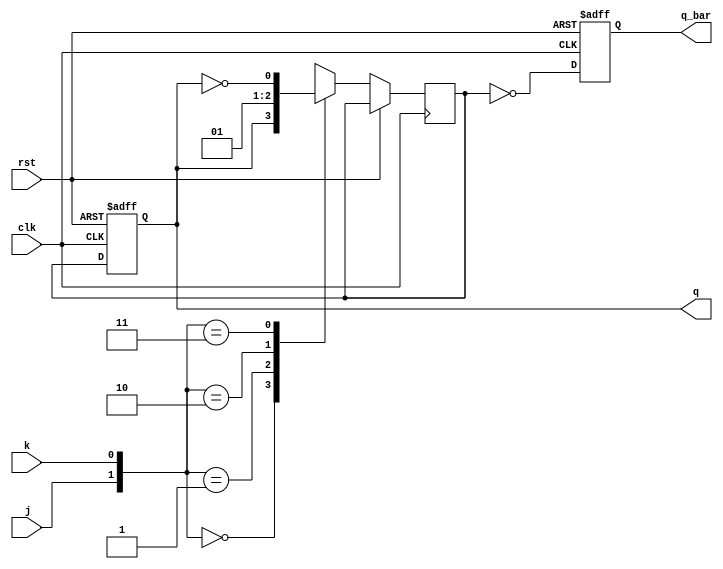
module jk_ff
(
    input wire clk,
    input wire rst,
    input wire j,
    input wire k,
    output reg q,
    output reg q_bar
);

reg d;

always @(posedge clk or posedge rst)
begin
    if (rst)
    begin
        q <= 1'b0;
        q_bar <= 1'b1;
    end
    else
    begin
        case({j, k})
            2'b00: d <= q;
            2'b01: d <= 1'b0;
            2'b10: d <= 1'b1;
            2'b11: d <= ~q;
        endcase
        
        q <= d;
        q_bar <= ~d;
    end
end

endmodule